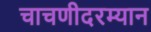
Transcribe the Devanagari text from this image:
चाचणीदरम्यान